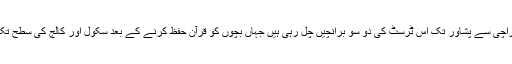
اقراء روضتہ الاطفال ٹرسٹ کے مقامی ناظم عبدالحمید نے بتایا کہ کراچی سے پشاور تک اس ٹرسٹ کی دو سو برانچیں چل رہی ہیں جہاں بچوں کو قرآن حفظ کرنے کے بعد سکول اور کالج کی سطح تک کی تعلیم دی جاتی ہے جبکہ وہ علماء کا بھی کورس کر سکتے ہیں۔